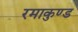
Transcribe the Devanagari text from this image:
रमाकुण्ड